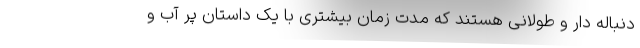
دنباله دار و طولانی هستند که مدت زمان بیشتری با یک داستان پر آب و